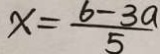
x = \frac { 6 - 3 a } { 5 }